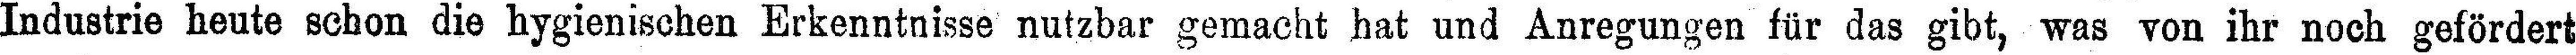
Industrie heute schon die hygienischen Erkenntnisse nutzbar gemacht hat und Anregungen für das gibt, was von ihr noch gefördert